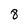
Character: 8